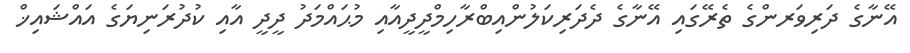
އޭނާގެ ދަރިވަރންގެ ތެރޭގައި އޭނާގެ ދެދަރިކަލުންއިބްރާހިމްދީދީއާއި މުޙައްމަދު ދީދީ އާއި ކުދުރަނިޔަގެ އައްޝައިޚް